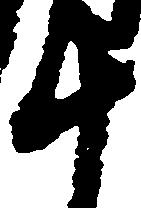
十